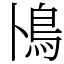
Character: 鳪